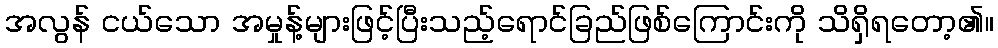
အလွန် ငယ်သော အမှုန့်များဖြင့်ပြီးသည့်ရောင်ခြည်ဖြစ်ကြောင်းကို သိရှိရတော့၏။